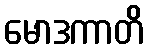
မောဒကာတိ